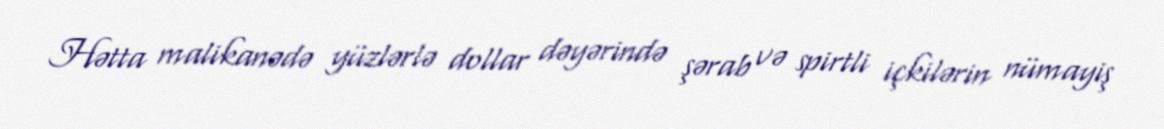
Hətta malikanədə yüzlərlə dollar dəyərində şərab və spirtli içkilərin nümayiş